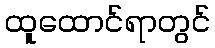
ထူထောင်ရာတွင်